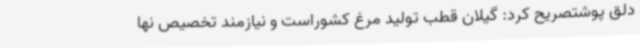
دلق پوشتصریح کرد: گیلان قطب تولید مرغ کشوراست و نیازمند تخصیص نها